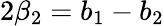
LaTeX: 2\beta_{2}=b_{1}-b_{2}